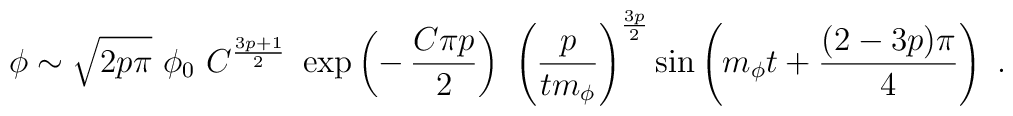
\phi \sim \sqrt{2 p \pi}\ \phi_0\   C^{ 3p+1 \over2}\ \exp\left(-\,{C \pi p\over2 }\right)\ \left({p\over tm_\phi}\right)^{3p\over 2} \sin \left(m_\phi t+{(2-3p)\pi\over 4}\right) \ .